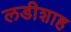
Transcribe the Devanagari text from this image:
लडीशाह